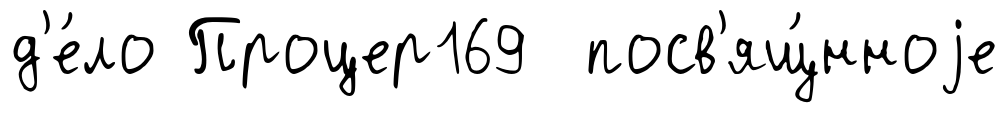
д'е́ло Процер169 посв'ящ́нноjе